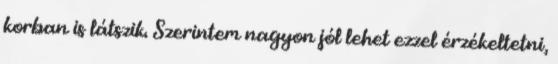
korban is látszik. Szerintem nagyon jól lehet ezzel érzékeltetni,